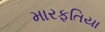
મારફતિયા